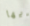
أيها